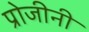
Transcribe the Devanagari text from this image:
प्रोजीनी